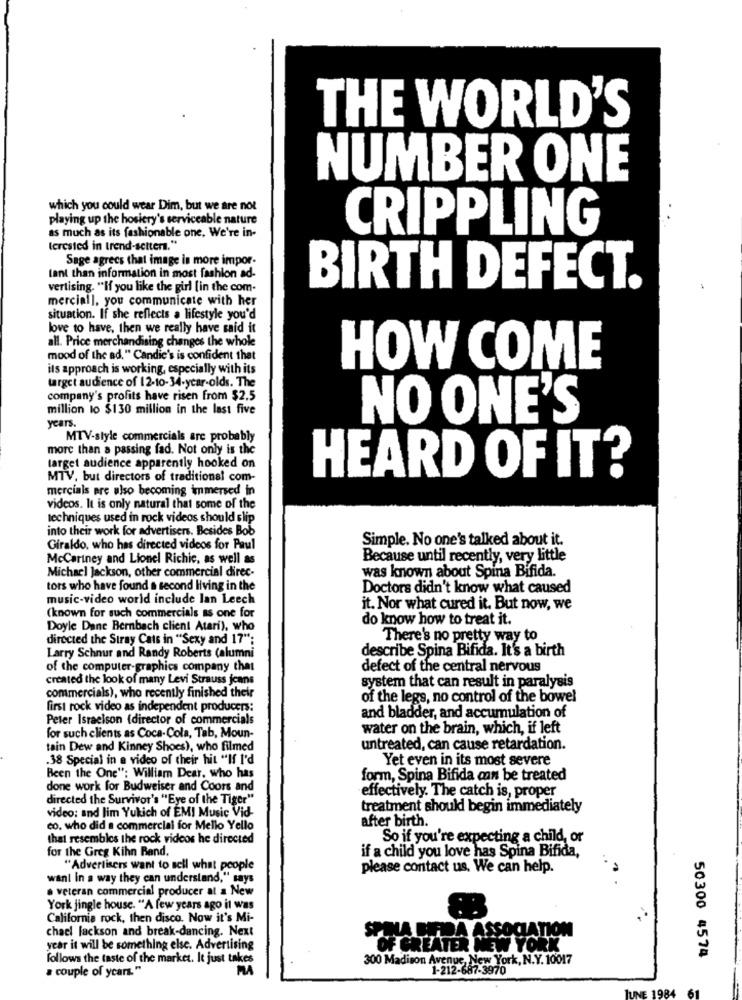
THE WORLD'S
NUMBER ONE
which you could wear Dim, but we are not
playing up the hosiery's serviceable nature
as much as its fashionable one. We're in-
CRIPPLING
terested in trend-setters."
Sage agrecs that image is more impor-
lant than information in most fashion ad-
vertising. "If you like the girl [in the com-
BIRTH DEFECT.
mercial], you communicate with her
situation. If she reflects a lifestyle you'd
love to have, then we really have said it
all. Price merchandising changes the whole
mood of the ad." Candie's is confident that
its approach is working, especially with its
HOW COME
target audience of 12-10-34-year-olds. The
company's profits have risen from $2.5
million lo $130 million in the last five
NO ONE'S
years.
MTV-style commercials are probably
more than a passing fad. Not only is the
target audience apparently hooked on
MTV, but directors of traditional com-
HEARD OF IT?
mercials are also becoming immersed in
videos. It is only natural that some of the
techniques used in rock videos should slip
into their work for advertisers. Besides Bob
Simple. No one's talked about it.
Giraldo, who has directed videos for Paul
McCartney and Lionel Richie, as well as
Because until recently, very little
Michael Jackson, other commercial direc-
was known about Spina Bifida.
tors who have found a second living in the
Doctors didn't know what caused
music-video world include lan Leech
it. Nor what cured it. But now, we
(known for such commercials as one for
do know how to treat it.
Doyle Dane Bernbach client Atari), who
directed the Stray Cats in "Sexy and 17";
There's no pretty way to
describe Spina Bifida. It's a birth
Larry Schnur and Randy Roberts (alumni
of the computer graphics company that
defect of the central nervous
created the look of many Levi Strauss jeans
system that can result in paralysis
commercials), who recently finished their
of the legs, no control of the bowel
first rock video as independent producers:
and bladder, and accumulation of
Peter Israelson (director of commercials
water on the brain, which, if left
for such clients as Coca-Cola, Tab, Moun-
tain Dew and Kinney Shoes), who filmed
untreated, can cause retardation.
.38 Special in a video of their hit "If I'd
Yet even in its most severe
Been the One": William Dear, who has
form, Spina Bifida can be treated
done work for Budweiser and Coors and
effectively. The catch is, proper
directed the Survivor's "Eye of the Tiger"
video: and lim Yukich of EMI Music Vid-
treatment should begin immediately
after birth.
co. who did a commercial for Mello Yello
that resembles the rock videos he directed
So if you're expecting a child, or
for the Greg Kihn Band,
if a child you love has Spina Bifida,
"Advertisers want to sell what people
please contact us, We can help.
wani in a way they can understand," says
veteran commercial producer at a New
York jingle house. "A few years ago it was
California rock, then disco. Now it's Mi-
chael fackson and break-dancing. Next
NA CIDA ASSOCIATION
year it will be something else. Advertising
OF GREATER NEW YORK
follows the taste of the market. It just takes
300 Madison Avenue, New York, N.Y. 10017
50300 4574
a couple of years."
MA
1-212-687-3970
JUNE 1984
61